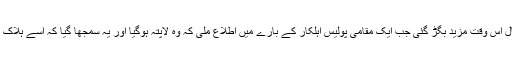
صورتِ حال اس وقت مزید بگڑ گئی جب ایک مقامی پولیس اہلکار کے بارے میں اطلاع ملی کہ وہ لاپتہ ہوگیا اور یہ سمجھا گیا کہ اسے ہلاک کیا گیا ہے۔